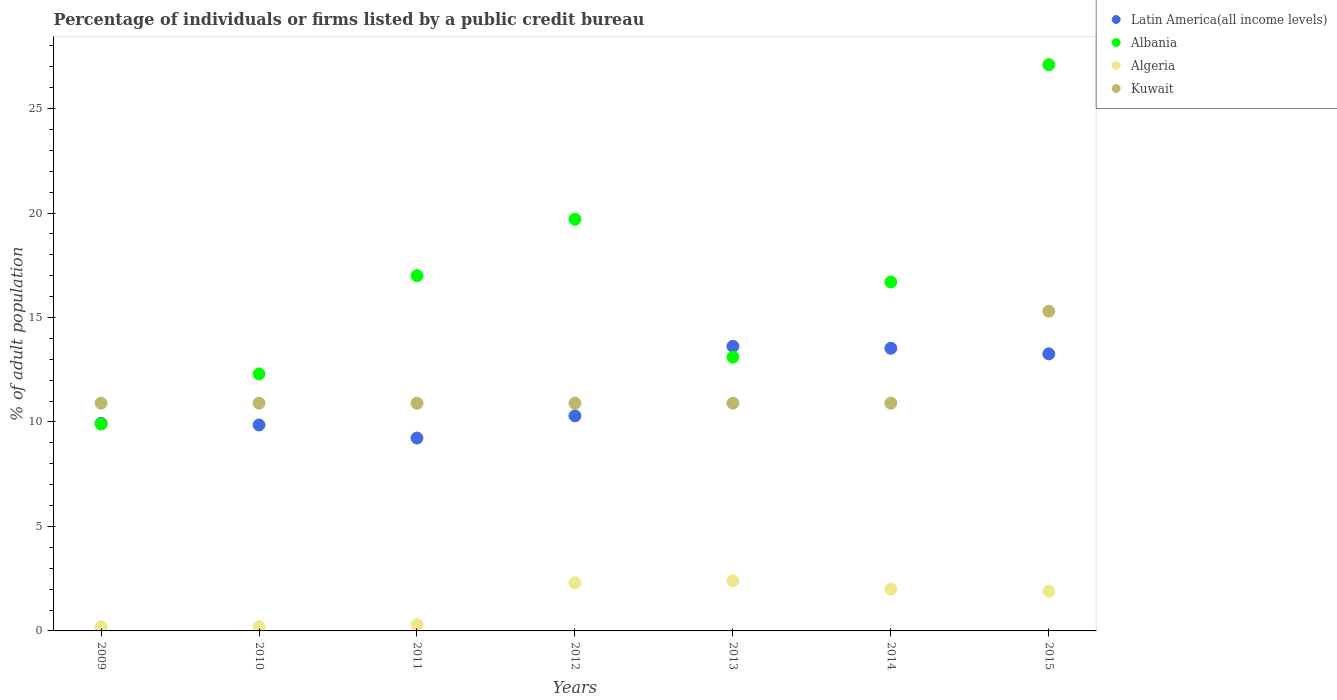
| Years | Latin America(all income levels) | Albania | Algeria | Kuwait |
 | --- | --- | --- | --- | --- |
 | 2009 | 9.93 | 9.9 | 0.2 | 10.9 |
 | 2010 | 9.86 | 12.3 | 0.2 | 10.9 |
 | 2011 | 9.23 | 17 | 0.3 | 10.9 |
 | 2012 | 10.3 | 19.7 | 2.3 | 10.9 |
 | 2013 | 13.6 | 13.1 | 2.4 | 10.9 |
 | 2014 | 13.5 | 16.7 | 2 | 10.9 |
 | 2015 | 13.3 | 27.1 | 1.9 | 15.3 |